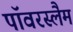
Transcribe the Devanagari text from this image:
पॉवरस्लैम